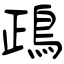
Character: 鴊